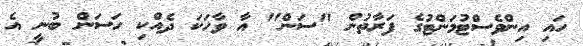
ހައި އިންވެސްޓުމަންޓުގެ ފަރާތުން "ސަން" އާ ވާހަކަ ދެއްކި ހަސަން ބުނީ އެ